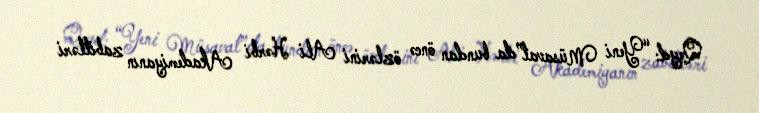
Qeyd: “Yeni Müsavat”da bundan öncə özlərini Ali Hərbi Akademiyanın zabitləri